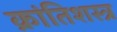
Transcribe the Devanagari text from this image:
क्रांतिशस्त्र